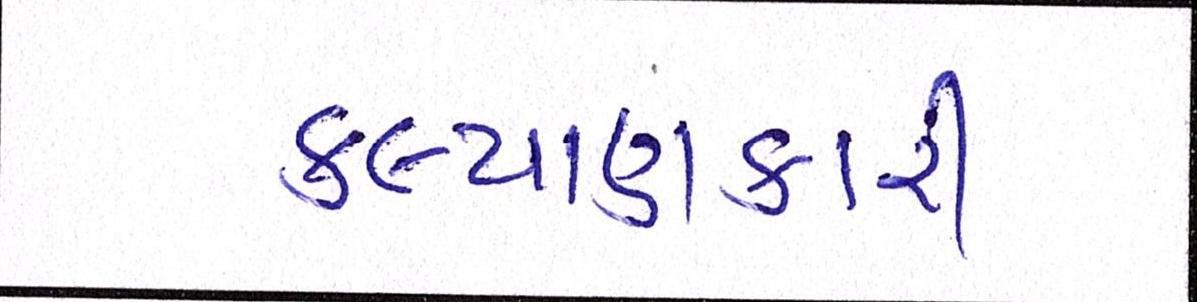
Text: કલ્યાણકારી